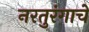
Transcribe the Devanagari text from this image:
नरतुरंगाचे